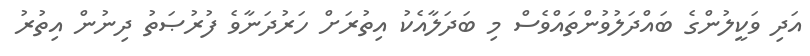
އަދި ވަކީލުންގެ ބައްދަލުވުންތައްވެސް މި ބަދަލާއެކު އިތުރަށް ހަރުދަނާވެ ފުރުޞަތު ދިނުން އިތުރު